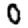
Digit: 0